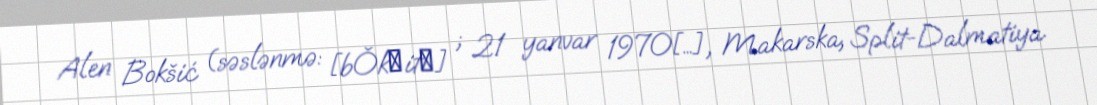
Alen Bokšić (səslənmə: [bǒkʃitɕ] ; 21 yanvar 1970[…], Makarska, Split-Dalmatiya